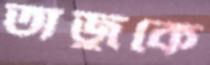
তাজুকে